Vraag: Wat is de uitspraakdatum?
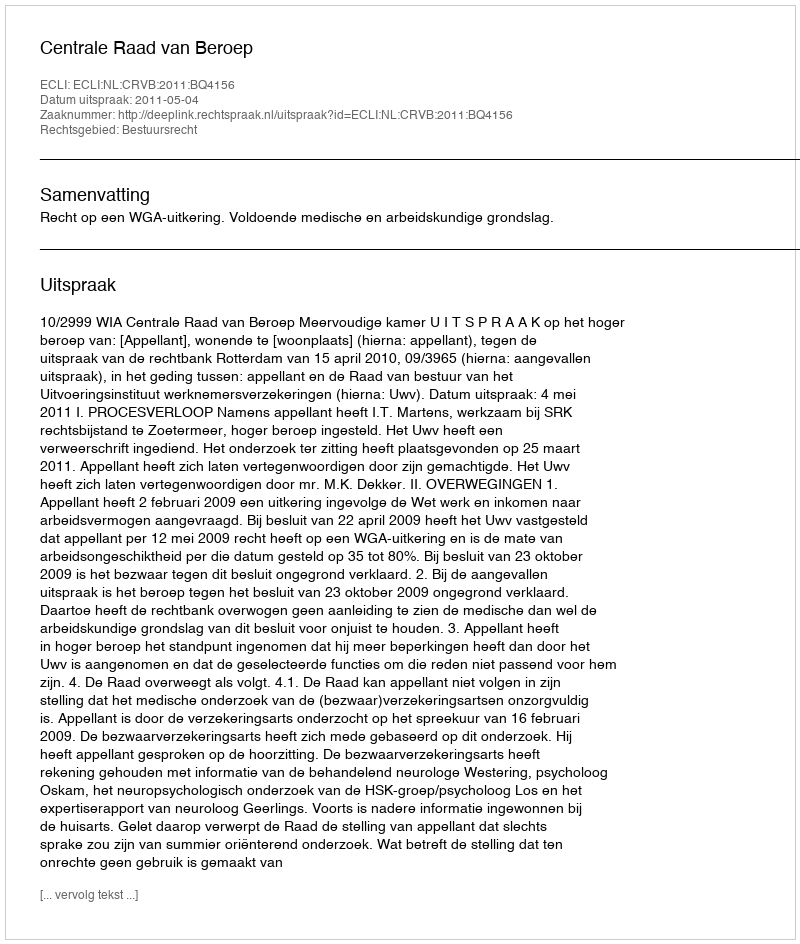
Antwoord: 2011-05-04